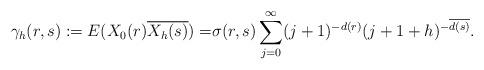
LaTeX: \begin{align*} \gamma_{h}(r,s):=E(X_{0}(r)\overline{X_{h}(s)})=&\sigma(r,s)\sum_{j=0}^{\infty}(j+1)^{-d(r)}(j+1+h)^{-\overline{d(s)}}.\end{align*}